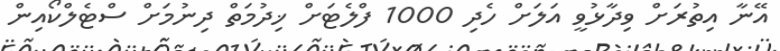
އޭނާ އިތުރަށް ވިދާޅުވީ އަލަށް ހެދި 1000 ފްލެޓަށް ޚިދުމަތް ދިނުމަށް ސްޓެލްކޯއިން